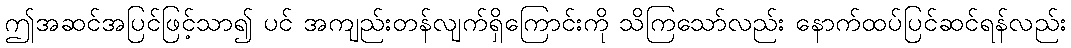
ဤအဆင်အပြင်ဖြင့်သာ၍ ပင် အကျည်းတန်လျက်ရှိကြောင်းကို သိကြသော်လည်း နောက်ထပ်ပြင်ဆင်ရန်လည်း